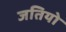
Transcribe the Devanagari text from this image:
जतियो